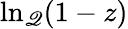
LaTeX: \ln_{\mathscr{Q}}(1-z)